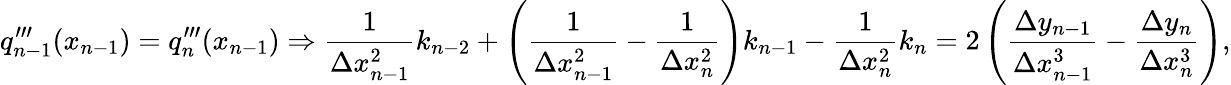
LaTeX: q_{n-1}^{\prime\prime\prime}(x_{n-1})=q_{n}^{\prime\prime\prime}(x_{n-1})\Rightarrow{\frac{1}{\Delta x_{n-1}^{2}}}k_{n-2}+\left({\frac{1}{\Delta x_{n-1}^{2}}}-{\frac{1}{\Delta x_{n}^{2}}}\right)k_{n-1}-{\frac{1}{\Delta x_{n}^{2}}}k_{n}=2\left({\frac{\Delta y_{n-1}}{\Delta x_{n-1}^{3}}}-{\frac{\Delta y_{n}}{\Delta x_{n}^{3}}}\right),